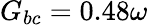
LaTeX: G_{bc}=0.48\omega